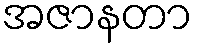
အဇာနတာ